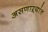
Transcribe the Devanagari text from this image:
असणाऱ्यांत